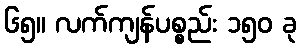
၆၅။ လက်ကျန်ပစ္စည်း ၁၅၀ ခု